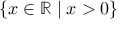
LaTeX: \{ x \in \mathbb { R } \mid x > 0 \}